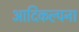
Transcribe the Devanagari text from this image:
आदिकल्पना